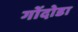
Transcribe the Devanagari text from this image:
गोंदोडा